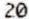
20